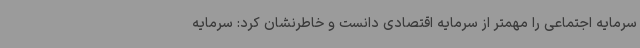
سرمایه اجتماعی را مهمتر از سرمایه اقتصادی دانست و خاطرنشان کرد: سرمایه